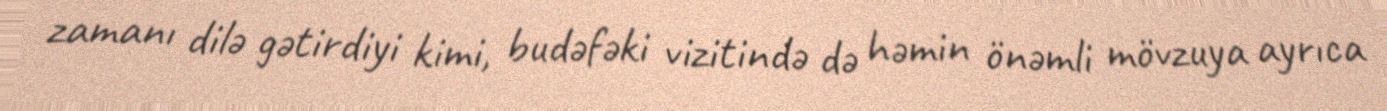
zamanı dilə gətirdiyi kimi, budəfəki vizitində də həmin önəmli mövzuya ayrıca